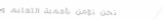
نحن نؤمن بأهمية التعليم و